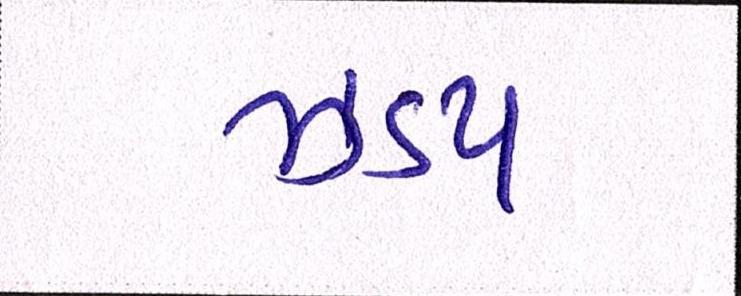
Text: ઝડપ